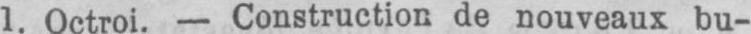
1. Octroi. - Construction de nouveaux bu-